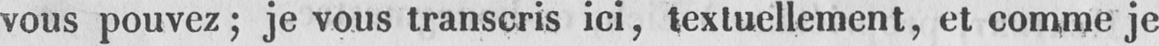
vous pouvez; je vous transcris ici, textuellement, et comme je